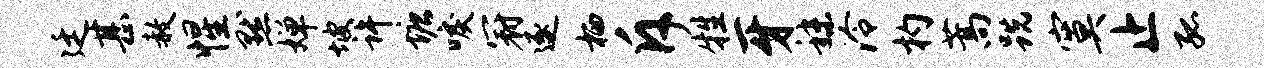
廷甚赦惺默婵坡许塘唳冠逐栖斥牲牙秣泠杓蒿跣寞止孤